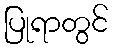
ပြုရာတွင်